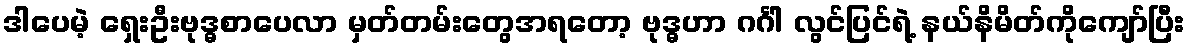
ဒါပေမဲ့ ရှေးဦးဗုဒ္ဓစာပေလာ မှတ်တမ်းတွေအရတော့ ဗုဒ္ဓဟာ ဂင်္ဂါ လွင်ပြင်ရဲ့ နယ်နိမိတ်ကိုကျော်ပြီး